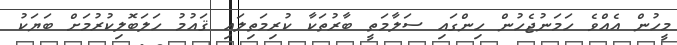
މީހުން އެއްވެ ހަމަނުޖެހުން ހިންގައި ސަލާމަތީ ބާރުތަކާ ކުރިމަތިލައި ޤައުމު ހަލަބޮލިކުރުމަށް ބަޔަކު